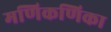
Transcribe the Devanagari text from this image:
मणिकणिका